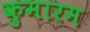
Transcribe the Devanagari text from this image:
कुमारम